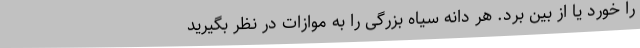
را خورد یا از بین برد. هر دانه سیاه بزرگی را به موازات در نظر بگیرید